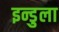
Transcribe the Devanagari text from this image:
इन्डुला